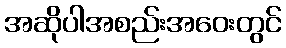
အဆိုပါအစည်းအဝေးတွင်